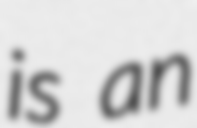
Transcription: is an